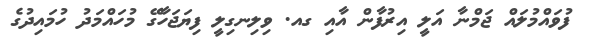
ފުވައްމުލައް ޖަމްނާ އަލީ އިރުފާން އާއި ގއ. ވިލިނގިލީ ފިޔަޖަހާގޭ މުހައްމަދު ހުމައިދުގެ